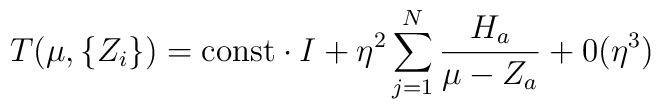
T ( \mu , \{ Z_i \} ) = {\mbox{const}} \cdot I + \eta^2                        \sum^N_{j = 1} \frac{H_a}{\mu - Z_a} + 0 ( \eta^3 )